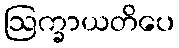
ဩက္ခာယတိပေ